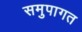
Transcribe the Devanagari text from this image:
समुपागत